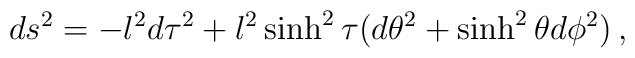
ds^2 = -l^2d\tau^2 + l^2\sinh^2\tau (d\theta^2 + \sinh^2\theta d\phi^2)\,,